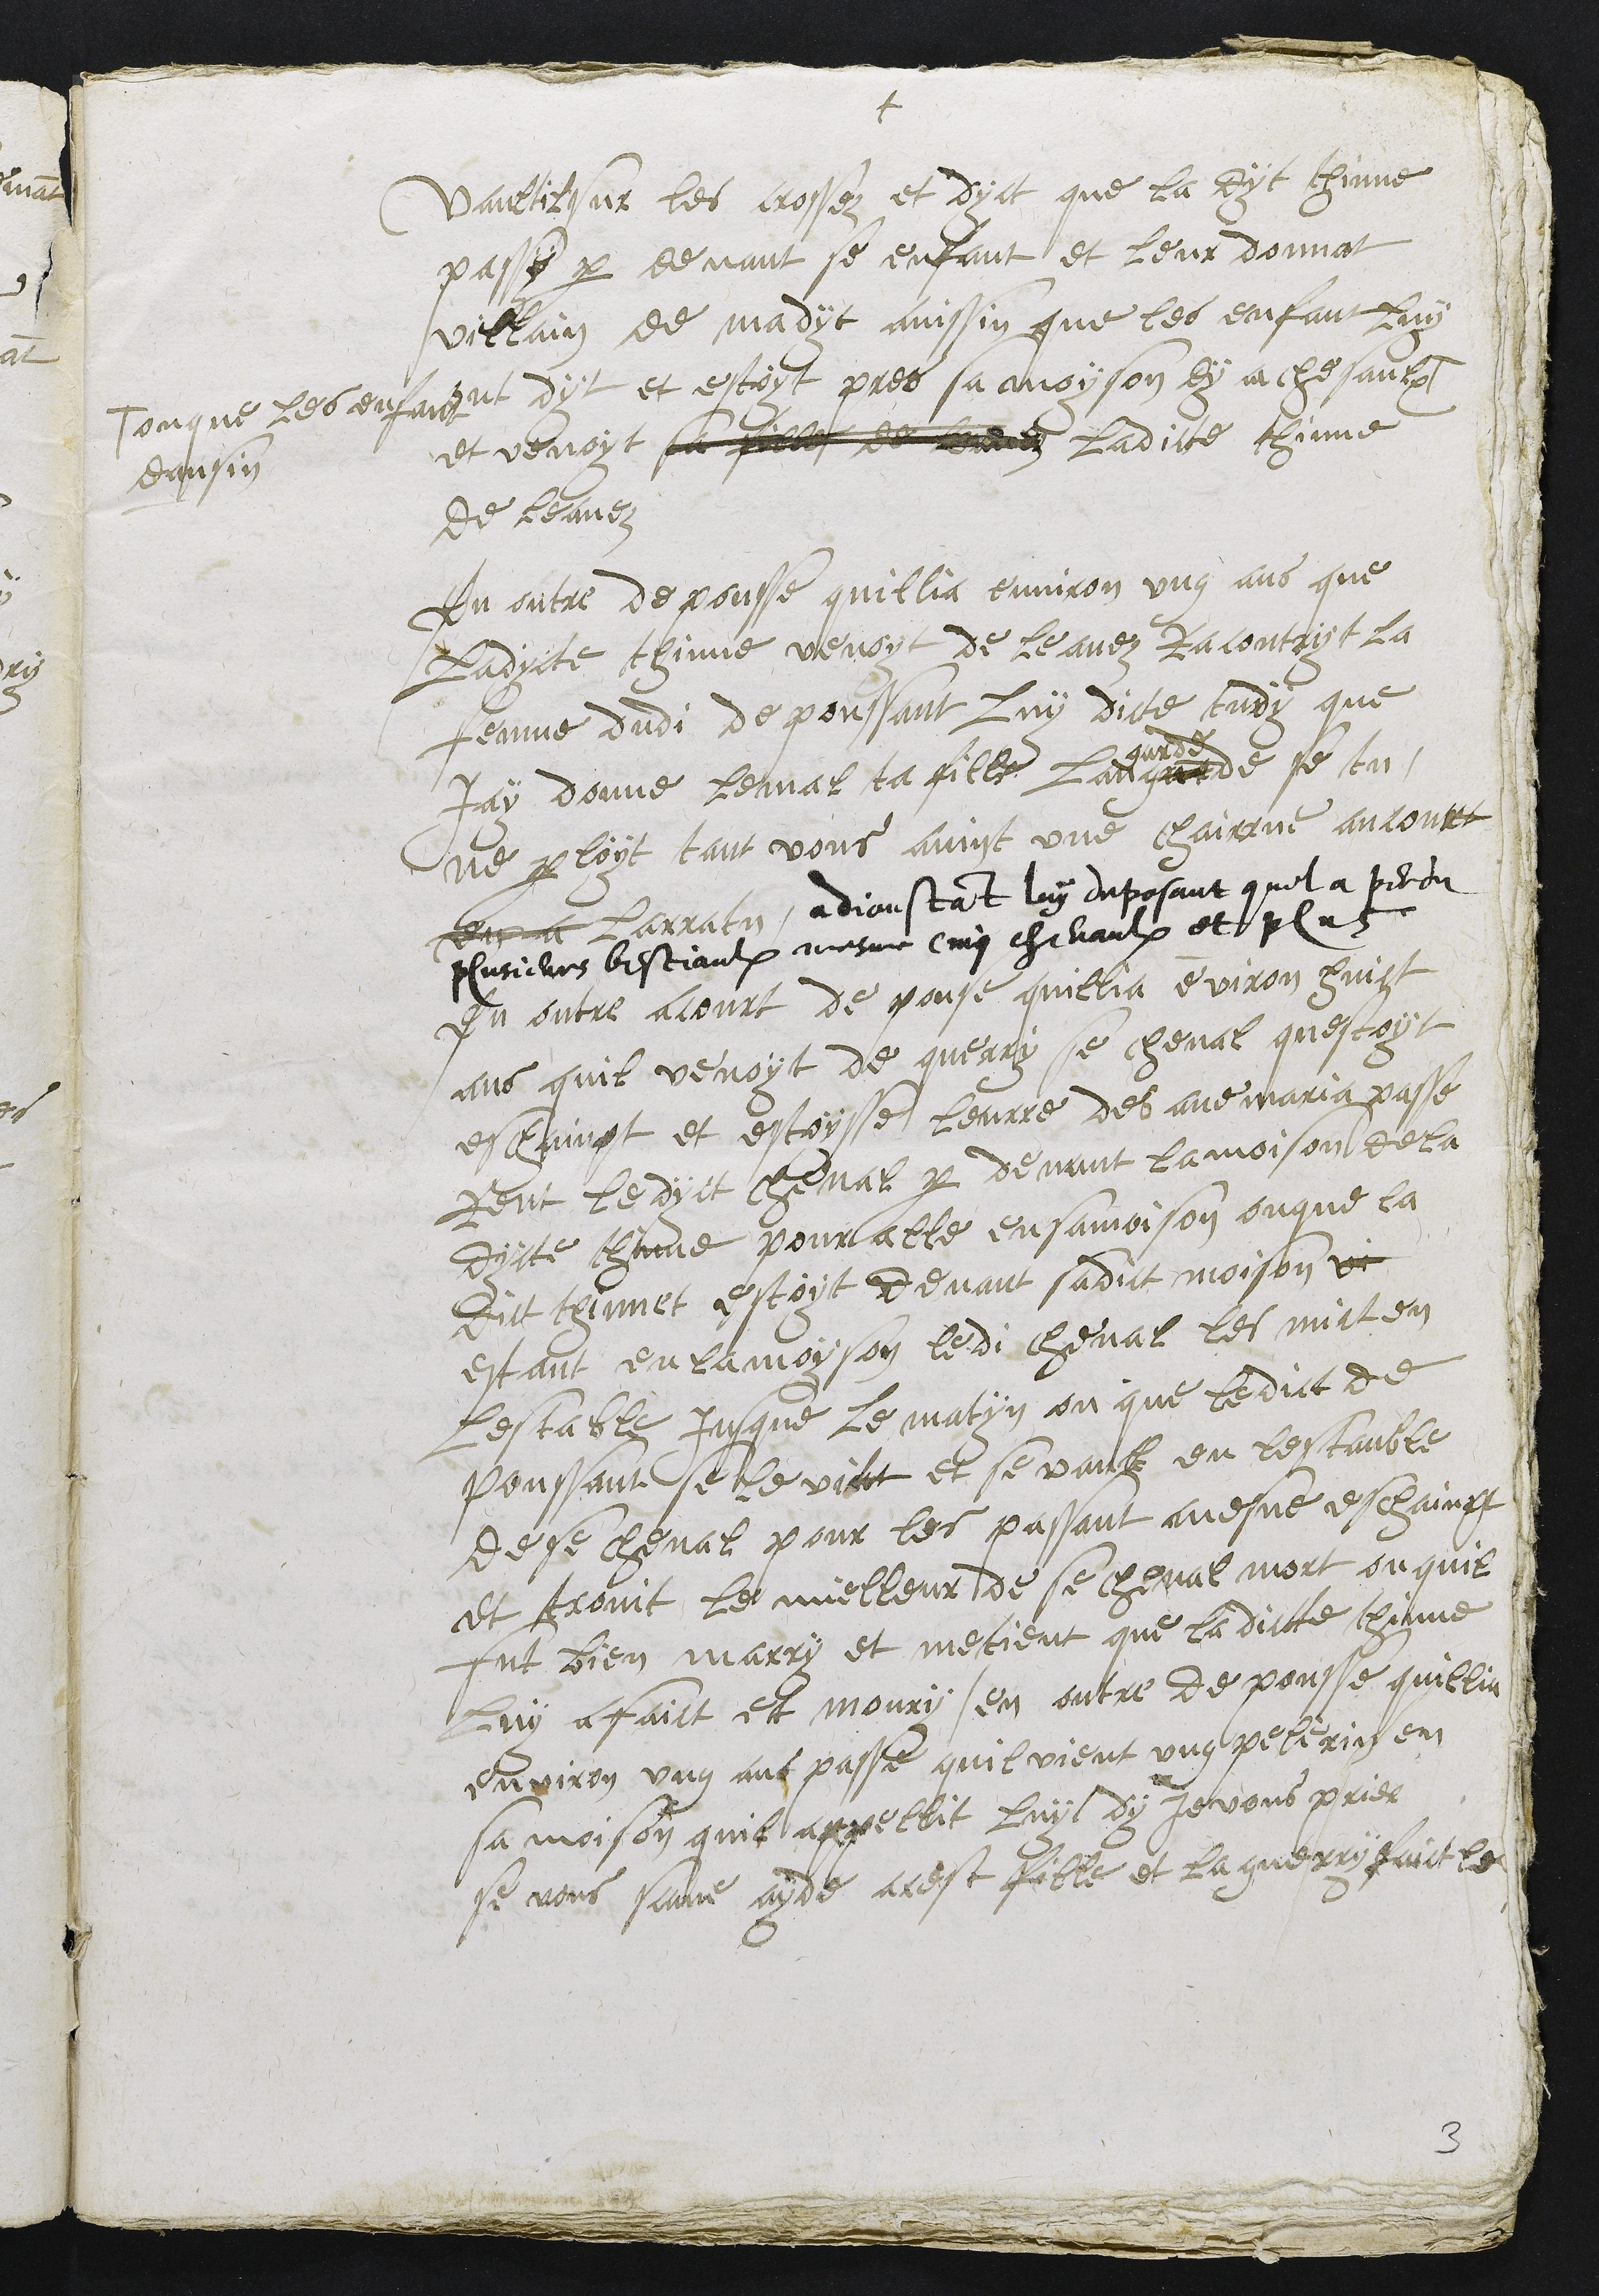
+
vaultil sur les crossez et dyct que la dyt thinne
passy par devant se enfant et leur donnat
villain de madyt ainssin que les enfant luy
ont dyt et estoyt pres sa moyson dy a chesaulx #
# ou que les enfant
dansin
et venoit sa fille de leauez ladicte thinne
de leauez
En outre depousse quillia environ ung ans que
ladycte thinne venoyt de leauez Racontryt la
femme dudi depoussant luy dicte tudy que
Jay donne le mal ta fille lan grarde
garde
se tu
ne parloyt tant vous avint une chairrue ancourt
en a larratu, adjoustant luy deposant quil a perdu
plusieurs bestiaulx mesme cinq chevaulx et plus
En outre acourt de pouse quillia environ huict
ans quil venoyt de querry se cheval questoyt
es chainpt et estoysse leurre des ave maria passe
reut le dyct cheval par devant la moison de la
dicte thinne pour alle en sa moison ou que la
dit thinne estoyt devant sadict moison vi
estant en la moyson ledi cheval les mict en
lestable jusque le matyn ou que ledict de
poussant se levict et se vault en lestauble
de se cheval pour les passant mesne es chainpt
et trovit le mielleur de se cheval mort ou quil
fut bien marry et metient que ladicte thinne
luy a faict et moury, en outre de pousse quillia
environ ung ans passe quil vient ung pelerin en
sa moison quil appellit luy dy Je vous prier
se vous scave ayde a cest fille et la guerri faict le

3